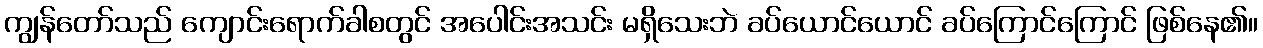
ကျွန်တော်သည် ကျောင်းရောက်ခါစတွင် အပေါင်းအသင်း မရှိသေးဘဲ ခပ်ယောင်ယောင် ခပ်ကြောင်ကြောင် ဖြစ်နေ၏။